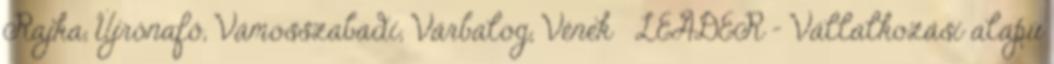
Rajka, Újrónafő, Vámosszabadi, Várbalog, Vének ▪LEADER - Vállalkozási alapú